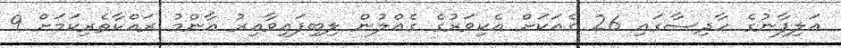
އަލިފާނުގެ ހާދިސާގައި 26 ގެއަކަށް އެކިވަރުގެ ގެއްލުން ލިބިފައިވާއިރު އާންމު ރައްކާތެރިކަމަށް 9